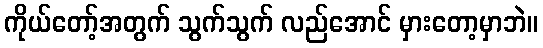
ကိုယ်တော့်အတွက် သွက်သွက် လည်အောင် မှားတော့မှာဘဲ။